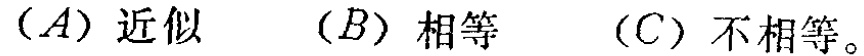
（A）近似 （B）相等 （C）不相等。